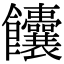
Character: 饢